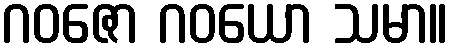
ဂဝဇော ဂဝယော သမာ။